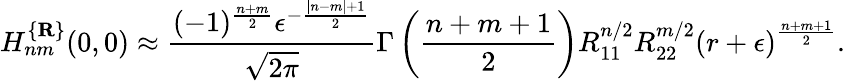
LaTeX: H_{nm}^{\{ {\mathbf R}\} }(0,0)\approx\frac{(-1)^{\frac{n+m}2}\epsilon^{-\frac{|n-m|+1}2}}{\sqrt{2\pi}}\Gamma\left(\frac{n+m+1}2\right)R_{11}^{n/2}R_{22}^{m/2}\left(r+\epsilon\right)^{\frac{n+m+1}2}.